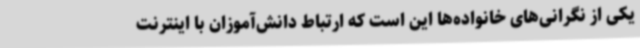
یکی از نگرانی‌های خانواده‌ها این است که ارتباط دانش‌آموزان با اینترنت